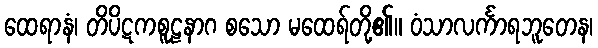
ထေရာနံ၊ တိပိဋကစူဠနာဂ စသော မထေရ်တို့၏။ ဝံသာလင်္ကာရဘူတေန၊